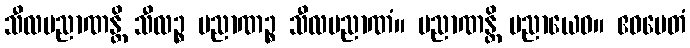
သီလပညာဏန္တိ သီလဉ္စ ပညာဏဉ္စ သီလပညာဏံ။ ပညာဏန္တိ ပညာယေဝ။ ဧဝမေတံ